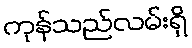
ကုန်သည်လမ်းရှိ